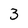
Character: 3